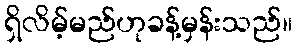
ရှိလိမ့်မည်ဟုခန့်မှန်းသည်။